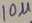
Text: 10µ